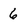
Character: 6